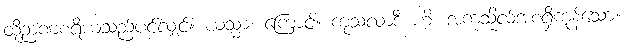
ထိုဉာဏစရိယသည်ပင်လျှင်။ ယသ္မာ၊ ကြောင့်။ ကုသလာဒီ ဟိ၊ အကုသိုလ်အစရှိကုန်သော။